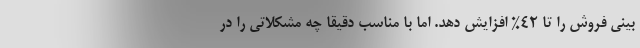
بینی فروش را تا 42% افزایش دهد. اما با مناسب دقیقا چه مشکلاتی را در